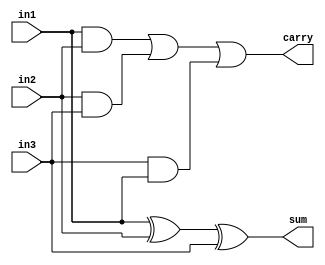
`timescale 1ns / 1ps
//////////////////////////////////////////////////////////////////////////////////

// ID     : N180116
//Branch  : ECE
//Project : RTL design using Verilog
//Design  : N Bit RCA
//Module  : Full Adder
//RGUKT NUZVID 
//////////////////////////////////////////////////////////////////////////////////


module FA(in1,in2,in3,sum,carry);
input in1,in2,in3;
output sum,carry;
assign sum = in1^in2^in3;
assign carry = (in1&in2)|(in2&in3)|(in3&in1);
endmodule